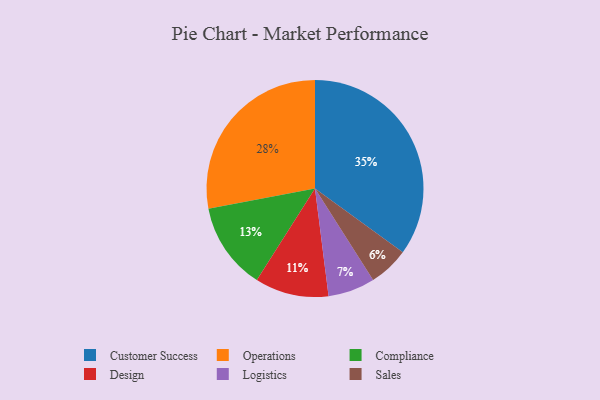
{"axis": {"x": "Category", "y": "Percentage"}, "legend": ["Compliance", "Customer Success", "Design", "Logistics", "Operations", "Sales"], "data": [{"x": "Design", "y": 11, "type": "Design"}, {"x": "Customer Success", "y": 35, "type": "Customer Success"}, {"x": "Compliance", "y": 13, "type": "Compliance"}, {"x": "Sales", "y": 6, "type": "Sales"}, {"x": "Operations", "y": 28, "type": "Operations"}, {"x": "Logistics", "y": 7, "type": "Logistics"}]}